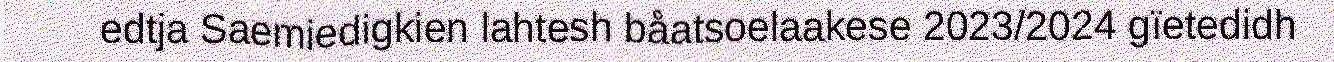
edtja Saemiedigkien lahtesh båatsoelaakese 2023/2024 gïetedidh